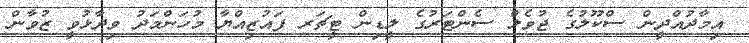
އިމާދުއްދީން ސްކޫލުގެ ޖުވެލް ސެންޓަރުގެ ލީޑިން ޓީޗަރ ފައުޒިއްޔާ މުހަންމަދު ވިދާޅުވީ ޒުވާން